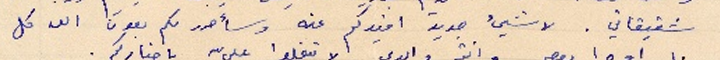
شقيقاتي. لا شيء جديد افيدكم عنه وسأحرر لك بعون الله كل